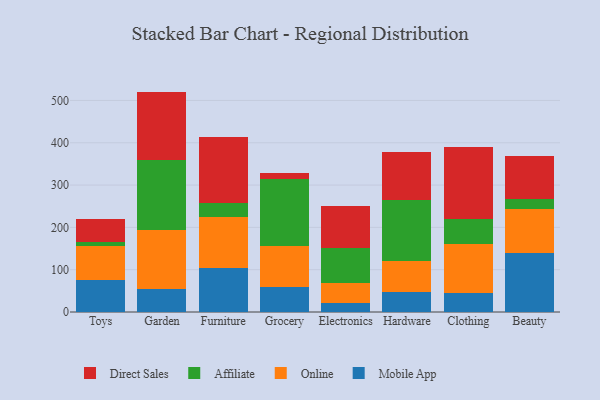
{"axis": {"x": "Category", "y": "Shipments"}, "legend": ["Affiliate", "Direct Sales", "Mobile App", "Online"], "data": [{"x": "Toys", "y": 76.2, "type": "Mobile App"}, {"x": "Toys", "y": 80.4, "type": "Online"}, {"x": "Toys", "y": 8.8, "type": "Affiliate"}, {"x": "Toys", "y": 53.8, "type": "Direct Sales"}, {"x": "Garden", "y": 54.2, "type": "Mobile App"}, {"x": "Garden", "y": 138.5, "type": "Online"}, {"x": "Garden", "y": 165.6, "type": "Affiliate"}, {"x": "Garden", "y": 162.6, "type": "Direct Sales"}, {"x": "Furniture", "y": 103.9, "type": "Mobile App"}, {"x": "Furniture", "y": 120.4, "type": "Online"}, {"x": "Furniture", "y": 32.8, "type": "Affiliate"}, {"x": "Furniture", "y": 155.4, "type": "Direct Sales"}, {"x": "Grocery", "y": 58.5, "type": "Mobile App"}, {"x": "Grocery", "y": 98.1, "type": "Online"}, {"x": "Grocery", "y": 158.0, "type": "Affiliate"}, {"x": "Grocery", "y": 14.0, "type": "Direct Sales"}, {"x": "Electronics", "y": 22.3, "type": "Mobile App"}, {"x": "Electronics", "y": 45.1, "type": "Online"}, {"x": "Electronics", "y": 83.7, "type": "Affiliate"}, {"x": "Electronics", "y": 99.7, "type": "Direct Sales"}, {"x": "Hardware", "y": 46.5, "type": "Mobile App"}, {"x": "Hardware", "y": 74.2, "type": "Online"}, {"x": "Hardware", "y": 145.0, "type": "Affiliate"}, {"x": "Hardware", "y": 111.8, "type": "Direct Sales"}, {"x": "Clothing", "y": 45.1, "type": "Mobile App"}, {"x": "Clothing", "y": 114.8, "type": "Online"}, {"x": "Clothing", "y": 60.7, "type": "Affiliate"}, {"x": "Clothing", "y": 168.5, "type": "Direct Sales"}, {"x": "Beauty", "y": 139.6, "type": "Mobile App"}, {"x": "Beauty", "y": 103.2, "type": "Online"}, {"x": "Beauty", "y": 23.8, "type": "Affiliate"}, {"x": "Beauty", "y": 101.3, "type": "Direct Sales"}]}